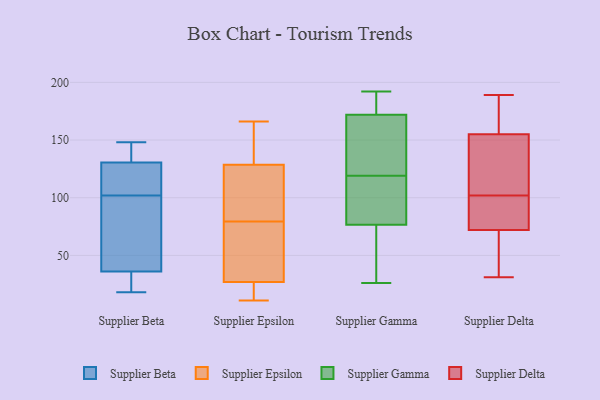
{"axis": {"x": "Headcount", "y": "Value"}, "legend": ["Supplier Beta", "Supplier Delta", "Supplier Epsilon", "Supplier Gamma"], "data": [{"x": "", "y": 104, "type": "Supplier Beta"}, {"x": "", "y": 40, "type": "Supplier Beta"}, {"x": "", "y": 133, "type": "Supplier Beta"}, {"x": "", "y": 147, "type": "Supplier Beta"}, {"x": "", "y": 66, "type": "Supplier Beta"}, {"x": "", "y": 100, "type": "Supplier Beta"}, {"x": "", "y": 148, "type": "Supplier Beta"}, {"x": "", "y": 22, "type": "Supplier Beta"}, {"x": "", "y": 18, "type": "Supplier Beta"}, {"x": "", "y": 128, "type": "Supplier Beta"}, {"x": "", "y": 32, "type": "Supplier Beta"}, {"x": "", "y": 118, "type": "Supplier Beta"}, {"x": "", "y": 21, "type": "Supplier Epsilon"}, {"x": "", "y": 135, "type": "Supplier Epsilon"}, {"x": "", "y": 95, "type": "Supplier Epsilon"}, {"x": "", "y": 61, "type": "Supplier Epsilon"}, {"x": "", "y": 33, "type": "Supplier Epsilon"}, {"x": "", "y": 12, "type": "Supplier Epsilon"}, {"x": "", "y": 126, "type": "Supplier Epsilon"}, {"x": "", "y": 166, "type": "Supplier Epsilon"}, {"x": "", "y": 131, "type": "Supplier Epsilon"}, {"x": "", "y": 64, "type": "Supplier Epsilon"}, {"x": "", "y": 122, "type": "Supplier Epsilon"}, {"x": "", "y": 11, "type": "Supplier Epsilon"}, {"x": "", "y": 127, "type": "Supplier Gamma"}, {"x": "", "y": 172, "type": "Supplier Gamma"}, {"x": "", "y": 26, "type": "Supplier Gamma"}, {"x": "", "y": 97, "type": "Supplier Gamma"}, {"x": "", "y": 174, "type": "Supplier Gamma"}, {"x": "", "y": 184, "type": "Supplier Gamma"}, {"x": "", "y": 57, "type": "Supplier Gamma"}, {"x": "", "y": 172, "type": "Supplier Gamma"}, {"x": "", "y": 156, "type": "Supplier Gamma"}, {"x": "", "y": 110, "type": "Supplier Gamma"}, {"x": "", "y": 192, "type": "Supplier Gamma"}, {"x": "", "y": 27, "type": "Supplier Gamma"}, {"x": "", "y": 77, "type": "Supplier Gamma"}, {"x": "", "y": 147, "type": "Supplier Gamma"}, {"x": "", "y": 111, "type": "Supplier Gamma"}, {"x": "", "y": 76, "type": "Supplier Gamma"}, {"x": "", "y": 31, "type": "Supplier Delta"}, {"x": "", "y": 116, "type": "Supplier Delta"}, {"x": "", "y": 100, "type": "Supplier Delta"}, {"x": "", "y": 127, "type": "Supplier Delta"}, {"x": "", "y": 189, "type": "Supplier Delta"}, {"x": "", "y": 75, "type": "Supplier Delta"}, {"x": "", "y": 95, "type": "Supplier Delta"}, {"x": "", "y": 172, "type": "Supplier Delta"}, {"x": "", "y": 169, "type": "Supplier Delta"}, {"x": "", "y": 35, "type": "Supplier Delta"}, {"x": "", "y": 104, "type": "Supplier Delta"}, {"x": "", "y": 155, "type": "Supplier Delta"}, {"x": "", "y": 72, "type": "Supplier Delta"}, {"x": "", "y": 31, "type": "Supplier Delta"}]}